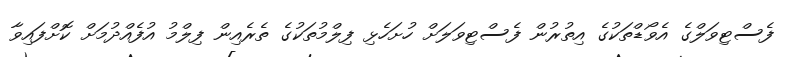
ފެސްޓިވަލްގެ އެވޯޑްތަކުގެ އިތުރުން ފެސްޓިވަލަށް ހުށަހެޅި ފިލްމުތަކުގެ ތެރެއިން ފިލްމު އުފެއްދުމަށް ކޮށްފައިވާ